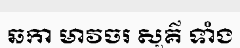
ឆកា មាវចរ សួគ៌ ទាំង